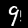
Digit: 9